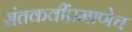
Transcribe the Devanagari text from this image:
संतकवींप्रमाणेच